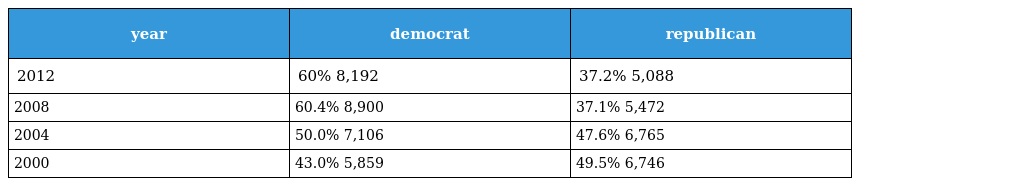
| year | democrat | republican |
 | --- | --- | --- |
 | 2012 | 60% 8,192 | 37.2% 5,088 |
 | 2008 | 60.4% 8,900 | 37.1% 5,472 |
 | 2004 | 50.0% 7,106 | 47.6% 6,765 |
 | 2000 | 43.0% 5,859 | 49.5% 6,746 |